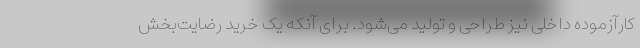
کارآزموده داخلی نیز طراحی و تولید می‌شود. برای آنکه یک خرید رضایت‌بخش